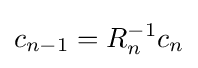
c_{n-1}=R_{n}^{-1}c_{n}